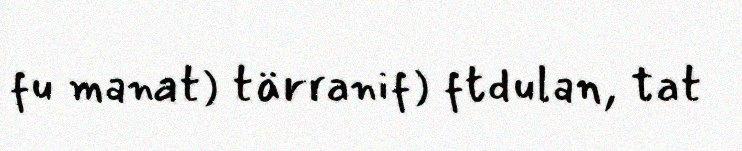
fu manat) tärranif) ftdulan, tat